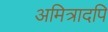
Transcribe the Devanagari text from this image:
अमित्रादपि